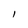
Character: l